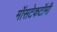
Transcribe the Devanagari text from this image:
मॉसटेकटॉमी